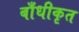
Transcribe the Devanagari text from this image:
बाँधीकृत